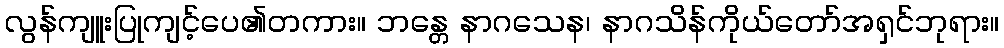
လွန်ကျူးပြုကျင့်ပေ၏တကား။ ဘန္တေ နာဂသေန၊ နာဂသိန်ကိုယ်တော်အရှင်ဘုရား။